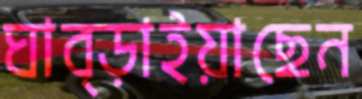
ঘাব্‌ড়াইয়াছেন